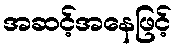
အဆင့်အနေဖြင့်